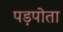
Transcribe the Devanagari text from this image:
पड़पोता